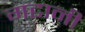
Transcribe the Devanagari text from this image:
गटानी